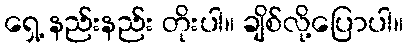
ရှေ့ နည်းနည်း တိုးပါ။ ချိစ်လို့ပြောပါ။